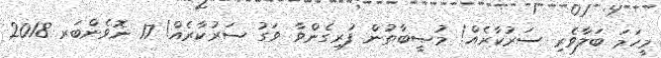
މީހަމަ ބަލާވެރި ސަރުކާރެއް! މުޞީބާތުން ފުރިގެންވާ ވަގު ސަރުކާރެއް! 17 ނޮވެންބަރ 2018